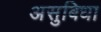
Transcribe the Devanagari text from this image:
असुबिधा